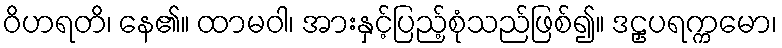
ဝိဟရတိ၊ နေ၏။ ထာမဝါ၊ အားနှင့်ပြည့်စုံသည်ဖြစ်၍။ ဒဠှပရက္ကမော၊